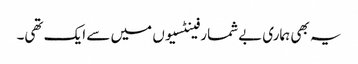
یہ بھی ہماری بےشمار فینٹسیوں میں سے ایک تھی۔